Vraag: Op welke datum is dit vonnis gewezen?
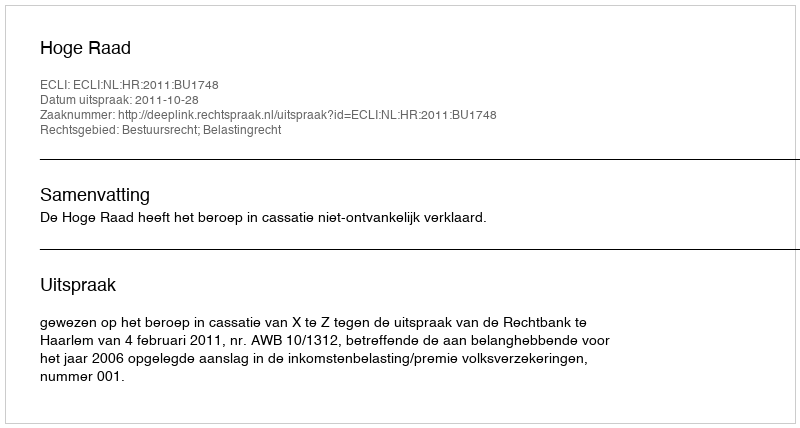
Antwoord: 2011-10-28